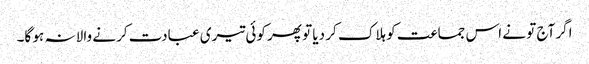
اگر آج تو نے اس جماعت کو ہلاک کر دیا تو پھر کوئی تیری عبادت کرنے والا نہ ہو گا۔